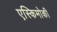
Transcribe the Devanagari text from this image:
एस्किमोकी